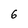
Character: 6